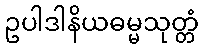
ဥပါဒါနိယဓမ္မသုတ္တံ